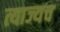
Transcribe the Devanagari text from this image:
त्याज्यच